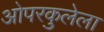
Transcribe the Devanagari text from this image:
ओपरकुलेला